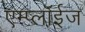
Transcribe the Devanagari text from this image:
एम्प्लॉईज